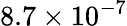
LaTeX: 8.7\times 10^{-7}